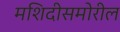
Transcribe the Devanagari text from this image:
मशिदीसमोरील